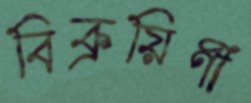
বিক্রয়িণী